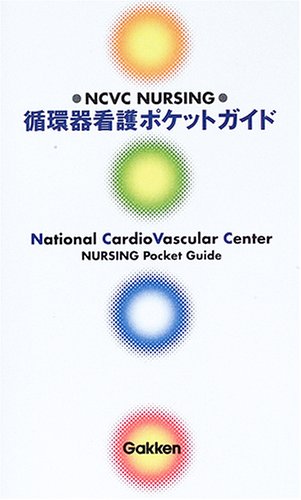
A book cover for Cardiovascular nursing pocket guide-NCVC nursing ISBN: 4051523144 (2005) [Japanese Import]; Medical Books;